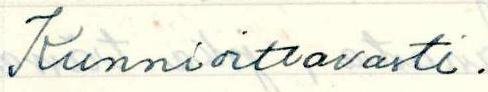
Kunnioittavasti.